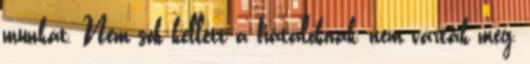
munkát. Nem sok kellett a fiataloknak, nem várták meg,